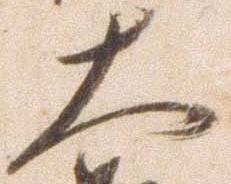
大